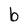
Character: b